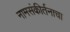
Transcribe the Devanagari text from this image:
नामसंकीर्तनाचा